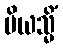
ပိယသ္မိံ